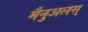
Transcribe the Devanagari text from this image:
मैनुअलस्